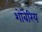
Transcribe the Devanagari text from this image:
शोबेरिय